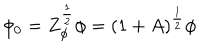
LaTeX: \phi _ { 0 } = Z _ { \phi } ^ { \frac { 1 } { 2 } } \phi = ( 1 + A ) ^ { \frac { 1 } { 2 } } \phi